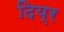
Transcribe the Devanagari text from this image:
दिय्र